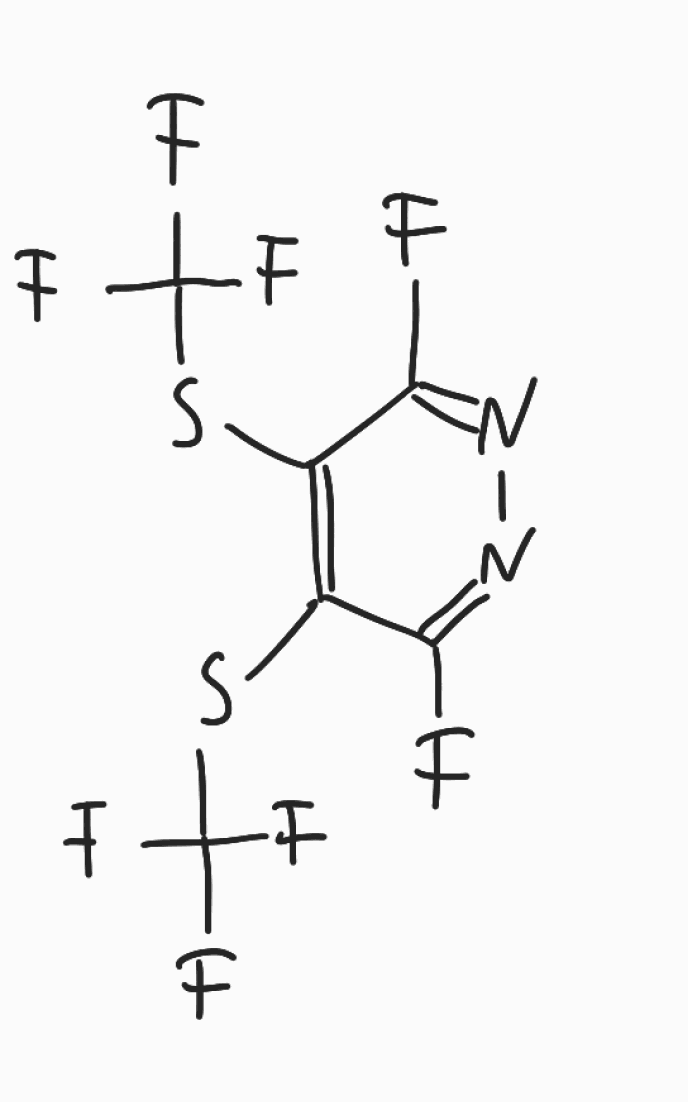
Simplified molecular-input line-entry system (SMILES) notation of the given molecule:
C1(=C(C(=NN=C1F)F)SC(F)(F)F)SC(F)(F)F